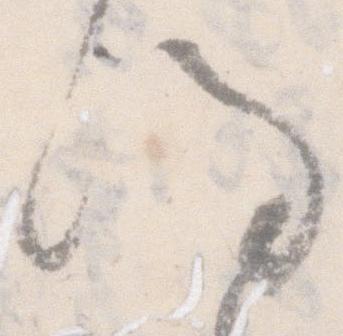
謹